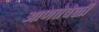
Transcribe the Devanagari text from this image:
आणतेवेळी